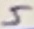
Text: 5